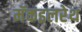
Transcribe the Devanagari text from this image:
मॅकइलरेथ